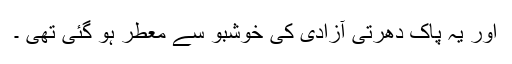
اور یہ پاک دھرتی آزادی کی خوشبو سے معطر ہو گئی تھی ۔